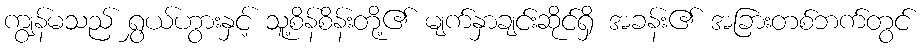
ကျွန်မသည် ရွှယ်ဟွားနှင့် သူ့စိန်စိန်းတို့၏ မျက်နှာချင်းဆိုင်ရှိ အခန်း၏ အခြားတစ်ဘက်တွင်